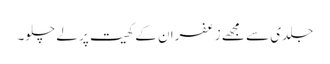
جلدی سے مجھے زعفران کے کھیت پر لے چلو۔